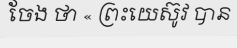
ចែង ថា « ព្រះយេស៊ូវ បាន